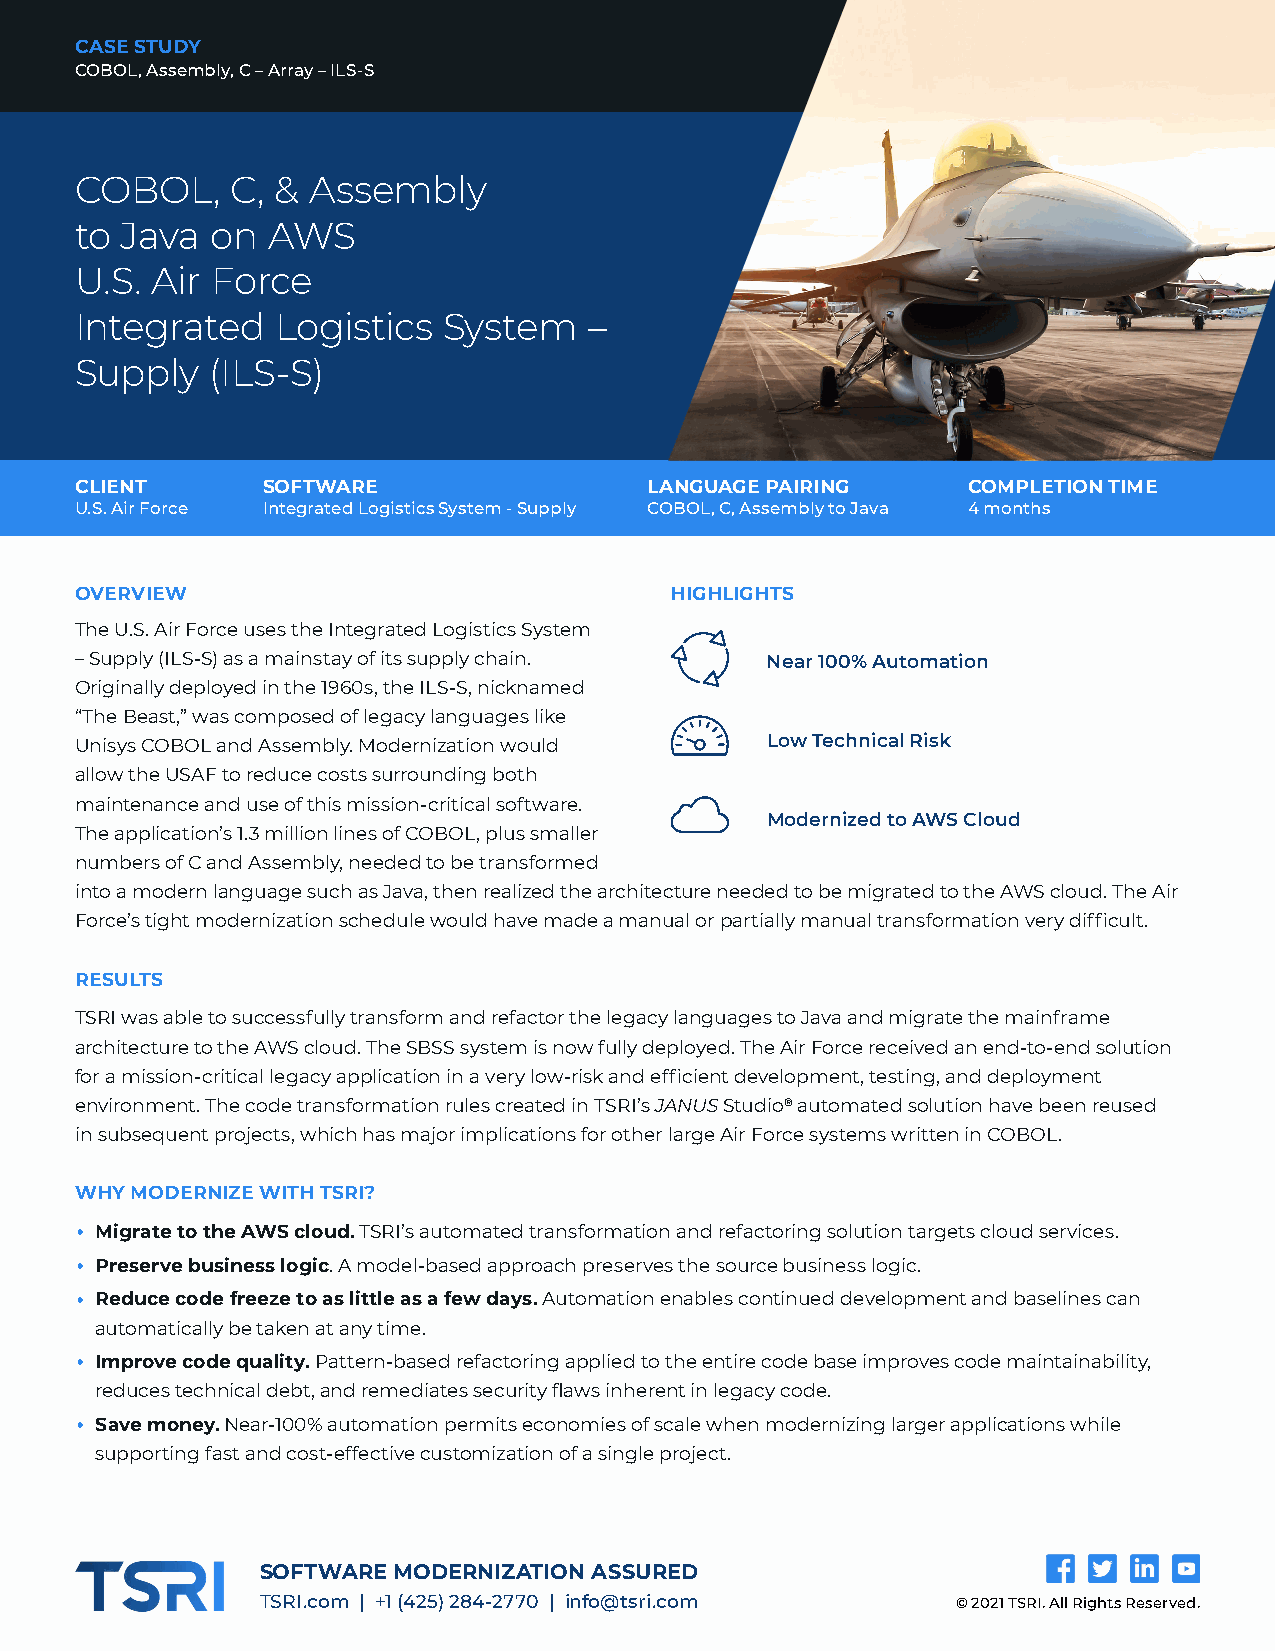
CASE STUDY
 COBOL, Assembly, C – Array – ILS-S
 COBOL,    C, & Assembly
 to Java  on  AWS
 U.S. Air Force
 Integrated   Logistics  System    –
 Supply   (ILS-S)
 CCLLIIEENNTT SOFTWARE                 LANGUAGE PAIRING     COMPLETION TIME
 U.S. Air Force Integrated Logistics System - Supply COBOL, C, Assembly to Java 4 months
 OVERVIEW                               HIGHLIGHTS
 The U.S. Air Force uses the Integrated Logistics System
 – Supply (ILS-S) as a mainstay of its supply chain. Near 100% Automation
 Originally deployed in the 1960s, the ILS-S, nicknamed
 “The Beast,” was composed of legacy languages like
 Unisys COBOL and Assembly. Modernization would Low Technical Risk
 allow the USAF to reduce costs surrounding both
 maintenance and use of this mission-critical software.
 Modernized to AWS Cloud
 The application’s 1.3 million lines of COBOL, plus smaller
 numbers of C and Assembly, needed to be transformed
 into a modern language such as Java, then realized the architecture needed to be migrated to the AWS cloud. The Air
 Force’s tight modernization schedule would have made a manual or partially manual transformation very difficult.
 RESULTS
 TSRI was able to successfully transform and refactor the legacy languages to Java and migrate the mainframe
 architecture to the AWS cloud. The SBSS system is now fully deployed. The Air Force received an end-to-end solution
 for a mission-critical legacy application in a very low-risk and efficient development, testing, and deployment
 environment. The code transformation rules created in TSRI’s JANUS Studio® automated solution have been reused
 in subsequent projects, which has major implications for other large Air Force systems written in COBOL.
 WHY MODERNIZE WITH TSRI?
 •
 Migrate to the AWS cloud. TSRI’s automated transformation and refactoring solution targets cloud services.
 •
 Preserve business logic. A model-based approach preserves the source business logic.
 •
 Reduce code freeze to as little as a few days. Automation enables continued development and baselines can
 automatically be taken at any time.
 •
 Improve code quality. Pattern-based refactoring applied to the entire code base improves code maintainability,
 reduces technical debt, and remediates security flaws inherent in legacy code.
 •
 Save money. Near-100% automation permits economies of scale when modernizing larger applications while
 supporting fast and cost-effective customization of a single project.
 SOFTWARE MODERNIZATION ASSURED
 TSRI.com | +1 (425) 284-2770 | info@tsri.com  © 2021 TSRI. All Rights Reserved.